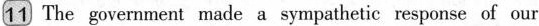
11 The government made a sympathetic response of our